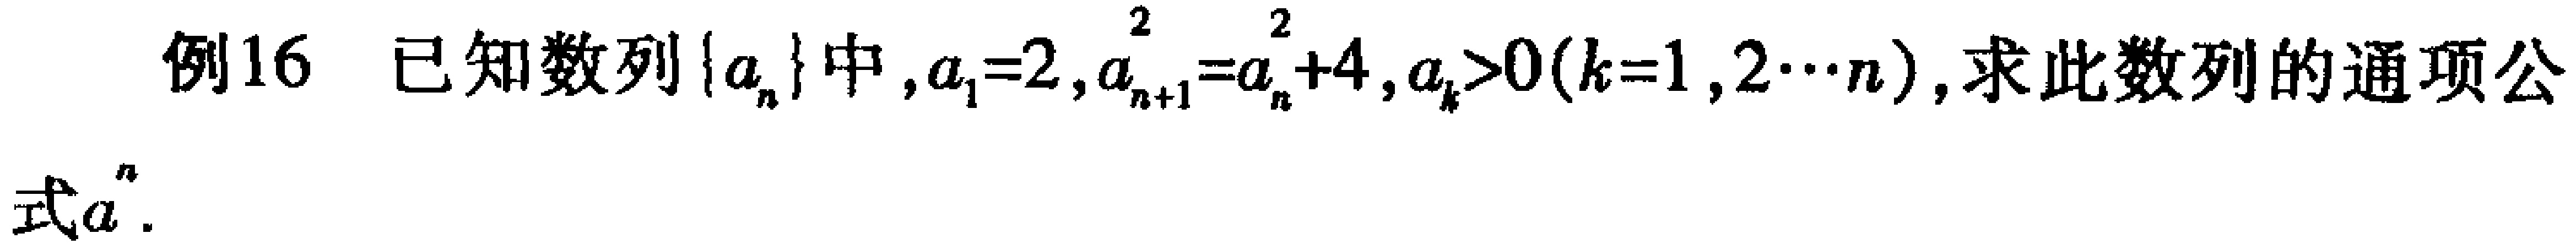
例16 已知数列\(\{a_{n}\}\)中，\(a_{1}=2\)，\(a_{n + 1}^{2}=a_{n}^{2}+4\)，\(a_{k}>0(k = 1,2\cdots n)\)，求此数列的通项公式\(a_{n}\)。